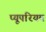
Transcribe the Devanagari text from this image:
प्यूपरियम